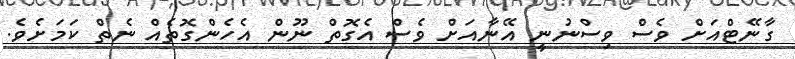
ގާނޭޓްއަށް ވެސް ވިސްނުނީ އޭނާއަށް ވެސް އެގޮތް ނޫން އެހެންގޮތެއް ނެތް ކަމަށެވެ.